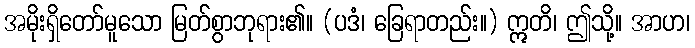
အမိုးရှိတော်မူသော မြတ်စွာဘုရား၏။ (ပဒံ၊ ခြေရာတည်း။) ဣတိ၊ ဤသို့။ အာဟ၊